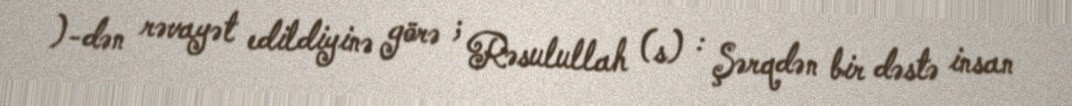
)-dən rəvayət edildiyinə görə ; Rəsulullah (s) : Şərqdən bir dəstə insan